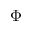
\Phi